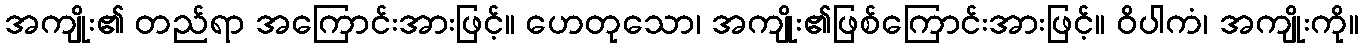
အကျိုး၏ တည်ရာ အကြောင်းအားဖြင့်။ ဟေတုသော၊ အကျိုး၏ဖြစ်ကြောင်းအားဖြင့်။ ဝိပါကံ၊ အကျိုးကို။